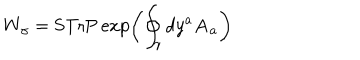
LaTeX: W _ { \gamma } = \mathrm { S T r P } \exp \left( \oint _ { \gamma } d y ^ { a } { \bf A } _ { a } \right)